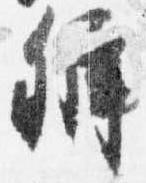
弁